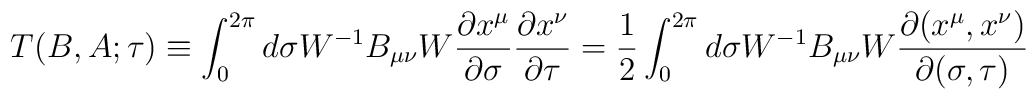
T(B,A;\tau) \equiv \int_0^{2\pi}d\sigma W^{-1}B_{\mu \nu}W      \frac{\partial x^{\mu}}{\partial \sigma}      \frac{\partial x^{\nu}}{\partial \tau}     =\frac12      \int_0^{2\pi}d\sigma W^{-1}B_{\mu \nu}W      \frac{\partial (x^{\mu}, x^{\nu})}{\partial (\sigma, \tau)}